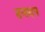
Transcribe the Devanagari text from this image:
दनादन